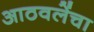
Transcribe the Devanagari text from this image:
आठवलेंचा